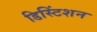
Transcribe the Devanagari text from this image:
डिस्टिंशन